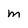
Character: M